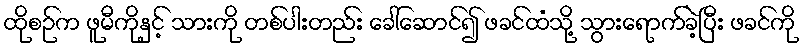
ထိုစဉ်က ဖူမီကိုနှင့် သားကို တစ်ပါးတည်း ခေါ်ဆောင်၍ ဖခင်ထံသို့ သွားရောက်ခဲ့ပြီး ဖခင်ကို